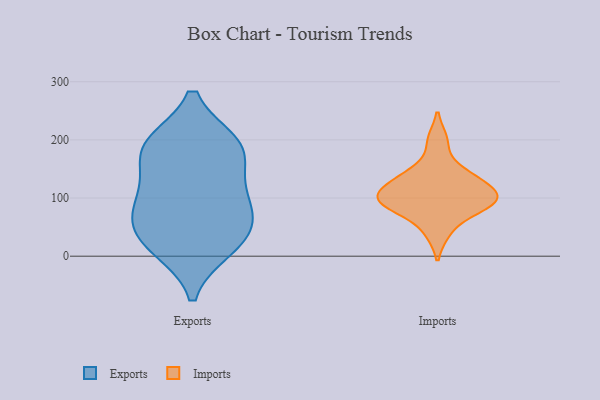
{"axis": {"x": "Shipments", "y": "Value"}, "legend": ["Exports", "Imports"], "data": [{"x": "", "y": 189, "type": "Exports"}, {"x": "", "y": 187, "type": "Exports"}, {"x": "", "y": 73, "type": "Exports"}, {"x": "", "y": 128, "type": "Exports"}, {"x": "", "y": 193, "type": "Exports"}, {"x": "", "y": 30, "type": "Exports"}, {"x": "", "y": 75, "type": "Exports"}, {"x": "", "y": 14, "type": "Exports"}, {"x": "", "y": 67, "type": "Exports"}, {"x": "", "y": 115, "type": "Exports"}, {"x": "", "y": 19, "type": "Exports"}, {"x": "", "y": 188, "type": "Exports"}, {"x": "", "y": 94, "type": "Imports"}, {"x": "", "y": 85, "type": "Imports"}, {"x": "", "y": 109, "type": "Imports"}, {"x": "", "y": 142, "type": "Imports"}, {"x": "", "y": 113, "type": "Imports"}, {"x": "", "y": 199, "type": "Imports"}, {"x": "", "y": 41, "type": "Imports"}, {"x": "", "y": 142, "type": "Imports"}, {"x": "", "y": 117, "type": "Imports"}, {"x": "", "y": 90, "type": "Imports"}, {"x": "", "y": 85, "type": "Imports"}]}